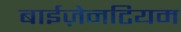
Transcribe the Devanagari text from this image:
बाईज़ेनटियम